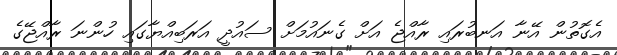
އެގޮތުން އޭނާ އަނބުރައި ރާއްޖެ އަށް ގެނައުމަށް ސައުދީ އަރަބިއްޔާގައި ހުންނަ ރާއްޖޭގެ